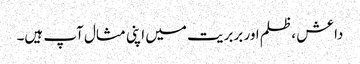
داعش ، ظلم اور بربریت میں اپنی مثال آپ ہیں۔